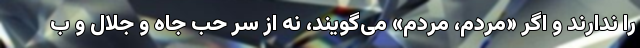
را ندارند و اگر «مردم، مردم» می‌گویند، نه از سر حب جاه و جلال و ب